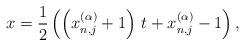
LaTeX: \begin{align*}x = \frac{1}{2}\left( {\left( {x_{n,j}^{(\alpha )} + 1} \right)\,t + x_{n,j}^{(\alpha )} - 1} \right),\end{align*}